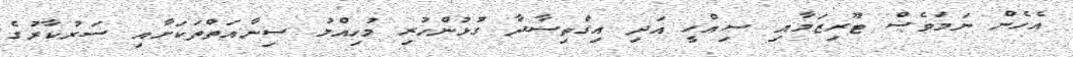
އެހެން ނަމަވެސް ޓޫރިޒަމާއި ސިއްހީ އަދި އިގްތިސާދާ ގުޅުންހުރި މުހިއްމު ސިނާއަތްތަކަށާއި ސަރުކާރުގެ